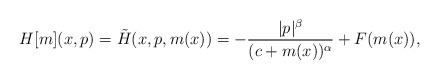
\begin{align*} H[m](x,p)= \tilde H(x, p, m(x))= -\frac { |p|^\beta}{ (c+ m(x) )^\alpha} + F(m(x)),\end{align*}